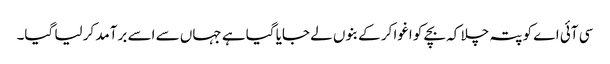
سی آئی اے کو پتہ چلا کہ بچے کو اغوا کر کے بنوں لے جایا گیا ہے جہاں سے اسے برآمد کر لیا گیا۔